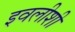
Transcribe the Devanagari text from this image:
इवलीशी